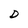
Character: D